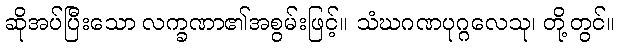
ဆိုအပ်ပြီးသော လက္ခဏာ၏အစွမ်းဖြင့်။ သံဃဂဏပုဂ္ဂလေသု၊ တို့တွင်။